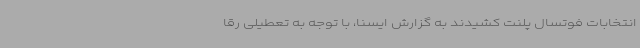
انتخابات فوتسال پلنت کشیدند به گزارش ایسنا، با توجه به تعطیلی رقا